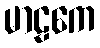
မာဠကေ